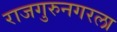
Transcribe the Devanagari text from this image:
राजगुरुनगरला